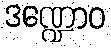
ဒဏ္ဍောဝ